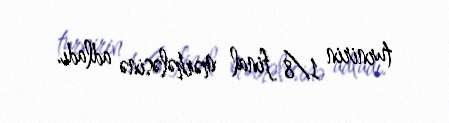
turnirin 1/8 final mərhələsinə adladı.